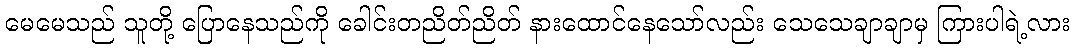
မေမေသည် သူတို့ ပြောနေသည်ကို ခေါင်းတညိတ်ညိတ် နားထောင်နေသော်လည်း သေသေချာချာမှ ကြားပါရဲ့လား